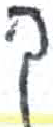
אות: ך